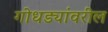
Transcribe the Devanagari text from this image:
गोधड्यांवरील